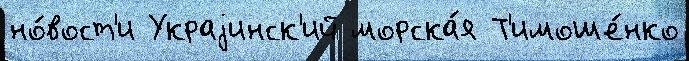
но́вост'и Украjинск'ий морска́я Т'имоше́нко